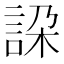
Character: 𧧇